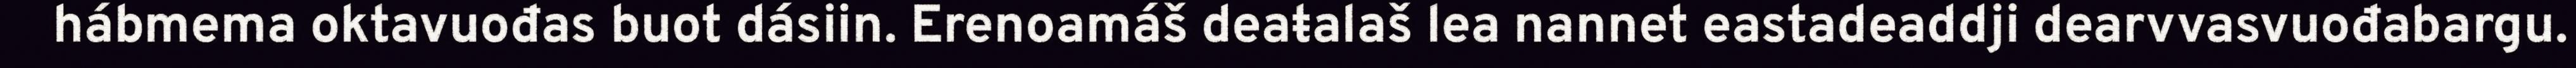
hábmema oktavuođas buot dásiin. Erenoamáš deaŧalaš lea nannet eastadeaddji dearvvasvuođabargu.